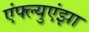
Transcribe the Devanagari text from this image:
एंफ्ल्युएंझा